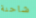
شاحنة